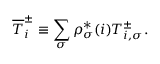
\overline { T } _ { i } ^ { \pm } \equiv \sum _ { \sigma } \rho _ { \sigma } ^ { * } ( i ) T _ { i , \sigma } ^ { \pm } .